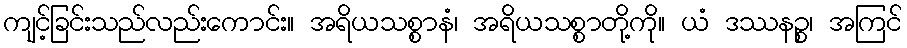
ကျင့်ခြင်းသည်လည်းကောင်း။ အရိယသစ္စာနံ၊ အရိယသစ္စာတို့ကို။ ယံ ဒဿနဉ္စ၊ အကြင်